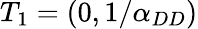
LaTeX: T_{1}=(0,1/\alpha_{DD})